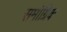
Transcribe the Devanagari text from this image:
समोग्रिक